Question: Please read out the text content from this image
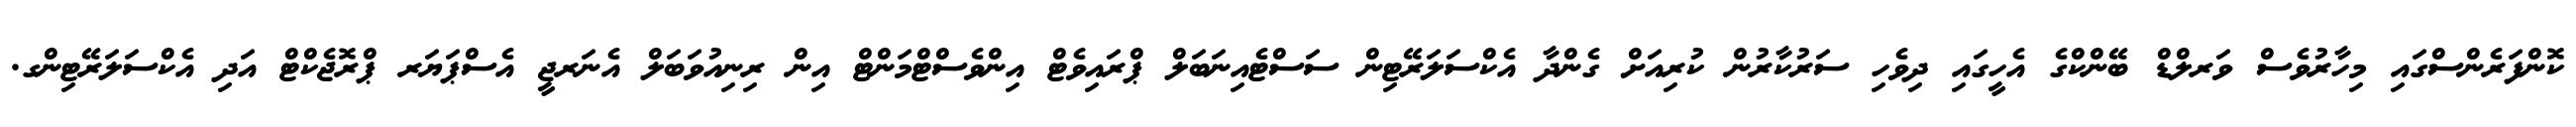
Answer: ކޮންފަރެންސްގައި މިހާރުވެސް ވަރލްޑް ބޭންކްގެ އެހީގައި ދިވެހި ސަރުކާރުން ކުރިއަށް ގެންދާ އެކްސަލަރޭޓިން ސަސްޓެއިނަބަލް ޕްރައިވެޓް އިންވެސްޓްމަންޓް އިން ރިނިއުވަބަލް އެނަރޖީ އެސްޕަޔަރ ޕްރޮޖެކްޓް އަދި އެކްސަލަރޭޓިންގ.